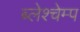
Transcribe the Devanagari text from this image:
ब्लेश्चेम्प